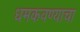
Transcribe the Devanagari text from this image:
धमकवण्याचा